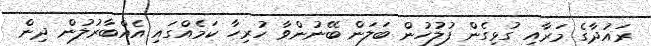
ރައުދާގެ މަރާއި ގުޅިގެން ފުލުހުން ބަލަން ބޭނުންވާ ހުރިހާ ކަމެއްގައި އެއްބާރުލުން ދިން